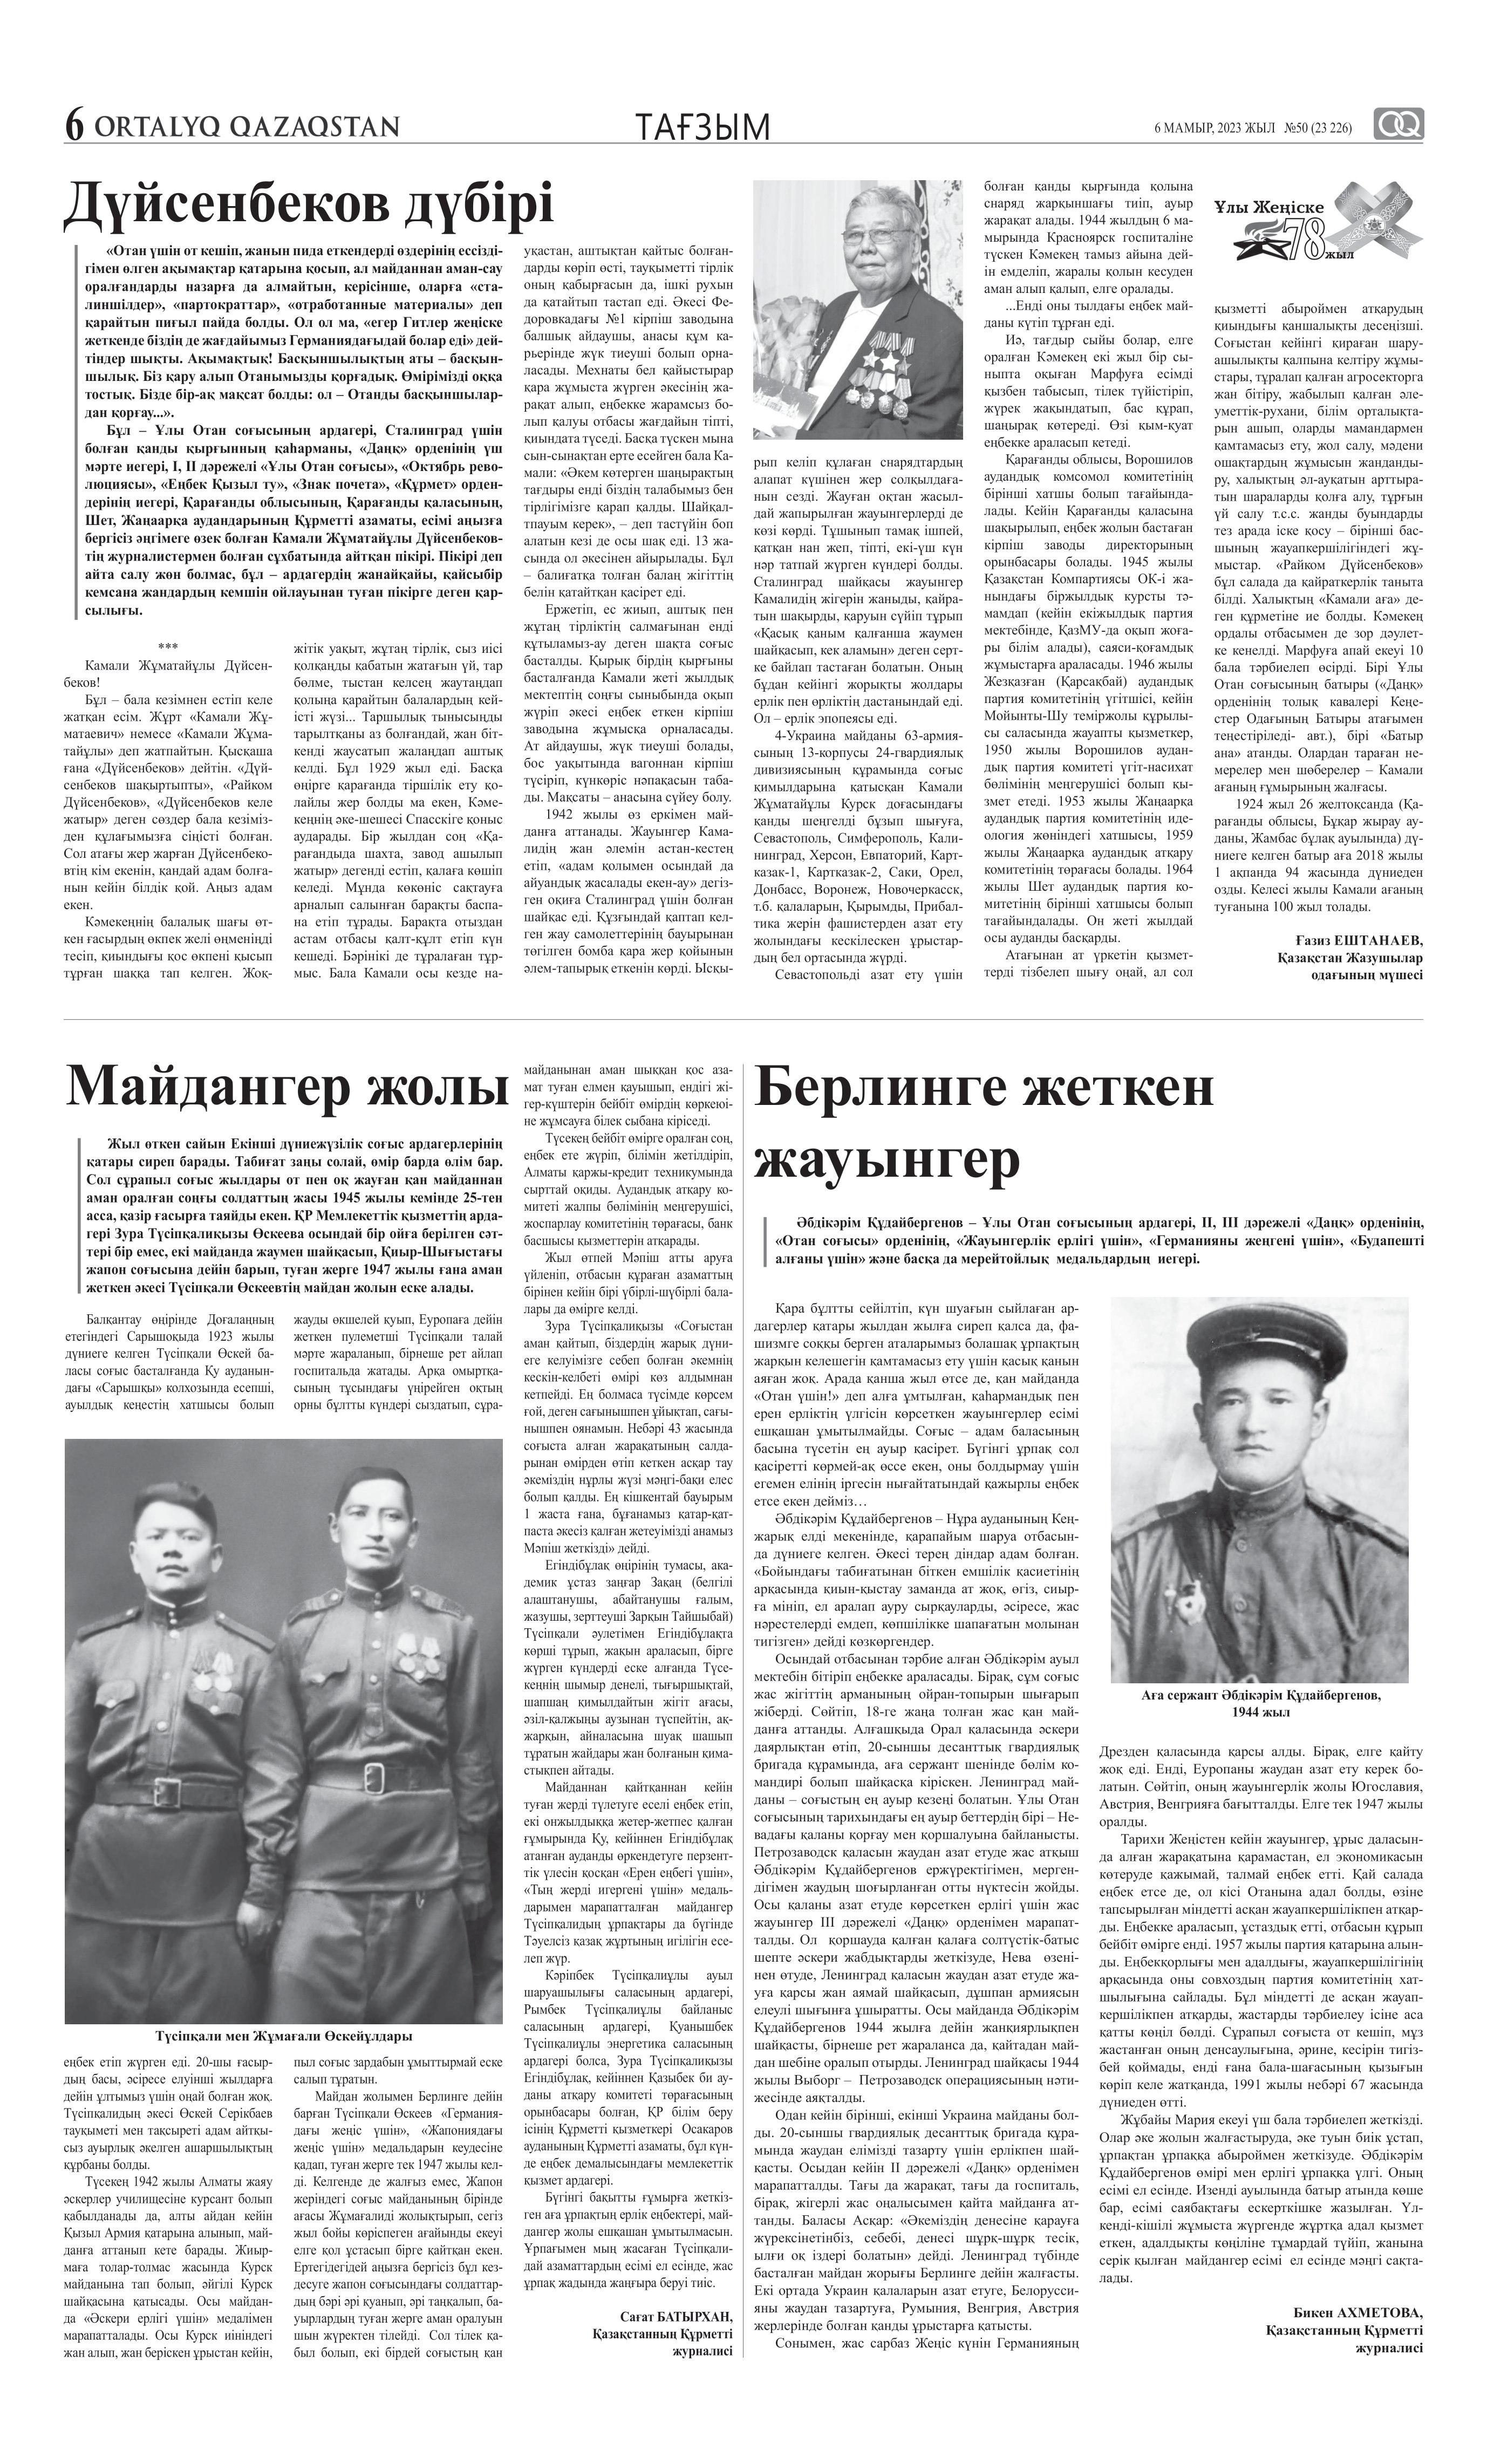
Language: kk